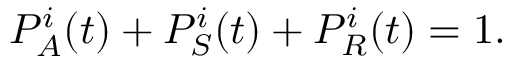
P _ { A } ^ { i } ( t ) + P _ { S } ^ { i } ( t ) + P _ { R } ^ { i } ( t ) = 1 .